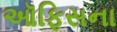
ઑફિસના